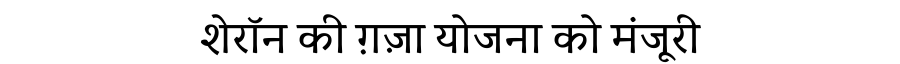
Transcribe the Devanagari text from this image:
शेरॉन की ग़ज़ा योजना को मंजूरी